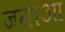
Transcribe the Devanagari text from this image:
जनाआ